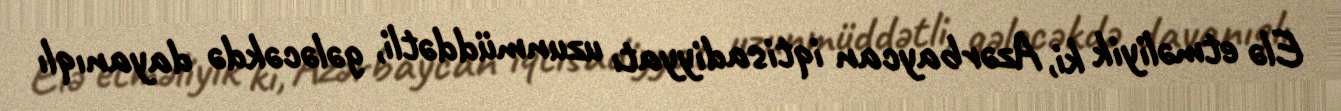
Elə etməliyik ki, Azərbaycan iqtisadiyyatı uzunmüddətli, gələcəkdə dayanıqlı